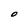
Character: O